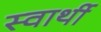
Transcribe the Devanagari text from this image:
स्‍वार्थी